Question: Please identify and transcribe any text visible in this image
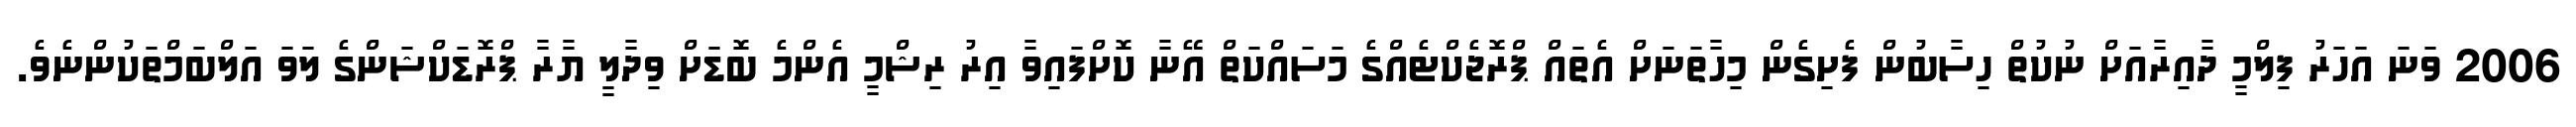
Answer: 2006 ވަނަ އަހަރު ފިލްމީ ދާއިރާއަށް ނުކުތް ހިސާބުން ފެށިގެން މިހާތަނަށް އެތައް ޕްރޮޖެކްޓެއްގެ މަސައްކަތް އޭނާ ކޮށްފައިވާ އިރު ރިޝްމީ އެންމެ ބޮޑަށް ވިދާލީ ޔާރާ ޕްރޮޑަކްޝަންގެ ލަވަ އަލްބަމްތަކުންނެވެ.